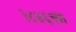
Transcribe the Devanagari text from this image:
१८४६च्या